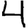
Digit: 4